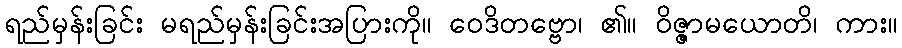
ရည်မှန်းခြင်း မရည်မှန်းခြင်းအပြားကို။ ဝေဒိတဗ္ဗော၊ ၏။ ဝိဇ္ဇာမယောတိ၊ ကား။